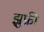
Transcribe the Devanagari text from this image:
झुफ्री